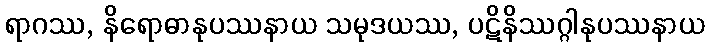
ရာဂဿ, နိရောဓာနုပဿနာယ သမုဒယဿ, ပဋိနိဿဂ္ဂါနုပဿနာယ